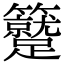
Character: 𥷼